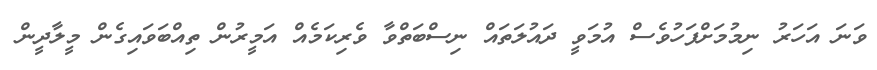
ވަނަ އަހަރު ނިމުމަށްފަހުވެސް އުމަވީ ދައުލަތައް ނިސްބަތްވާ ވެރިކަމެއް އަމީރުން ތިއްބަވައިގެން މީލާދީން